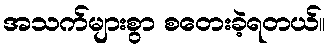
အသက်များစွာ စတေးခဲ့ရတယ်။